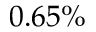
0 . 6 5 \%